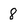
Character: 8